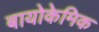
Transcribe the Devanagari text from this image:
बायोकेमिक